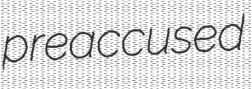
preaccused